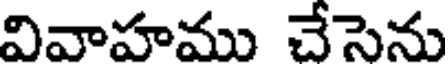
వివాహము చేసెను